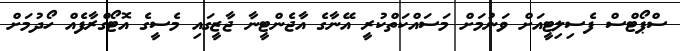
ސްޕޯޓްސް ފެސިލިޓީއަށް ވަނުމަށް މަސައްކަތްކުރީ އޭނާގެ އާޖެންޓީނާ ޖާޒީގައި މެސީގެ އޮޓޯގްރާފެއް ހޯދުމަށް